Leningradi_Edasi_toimetus, lk 60
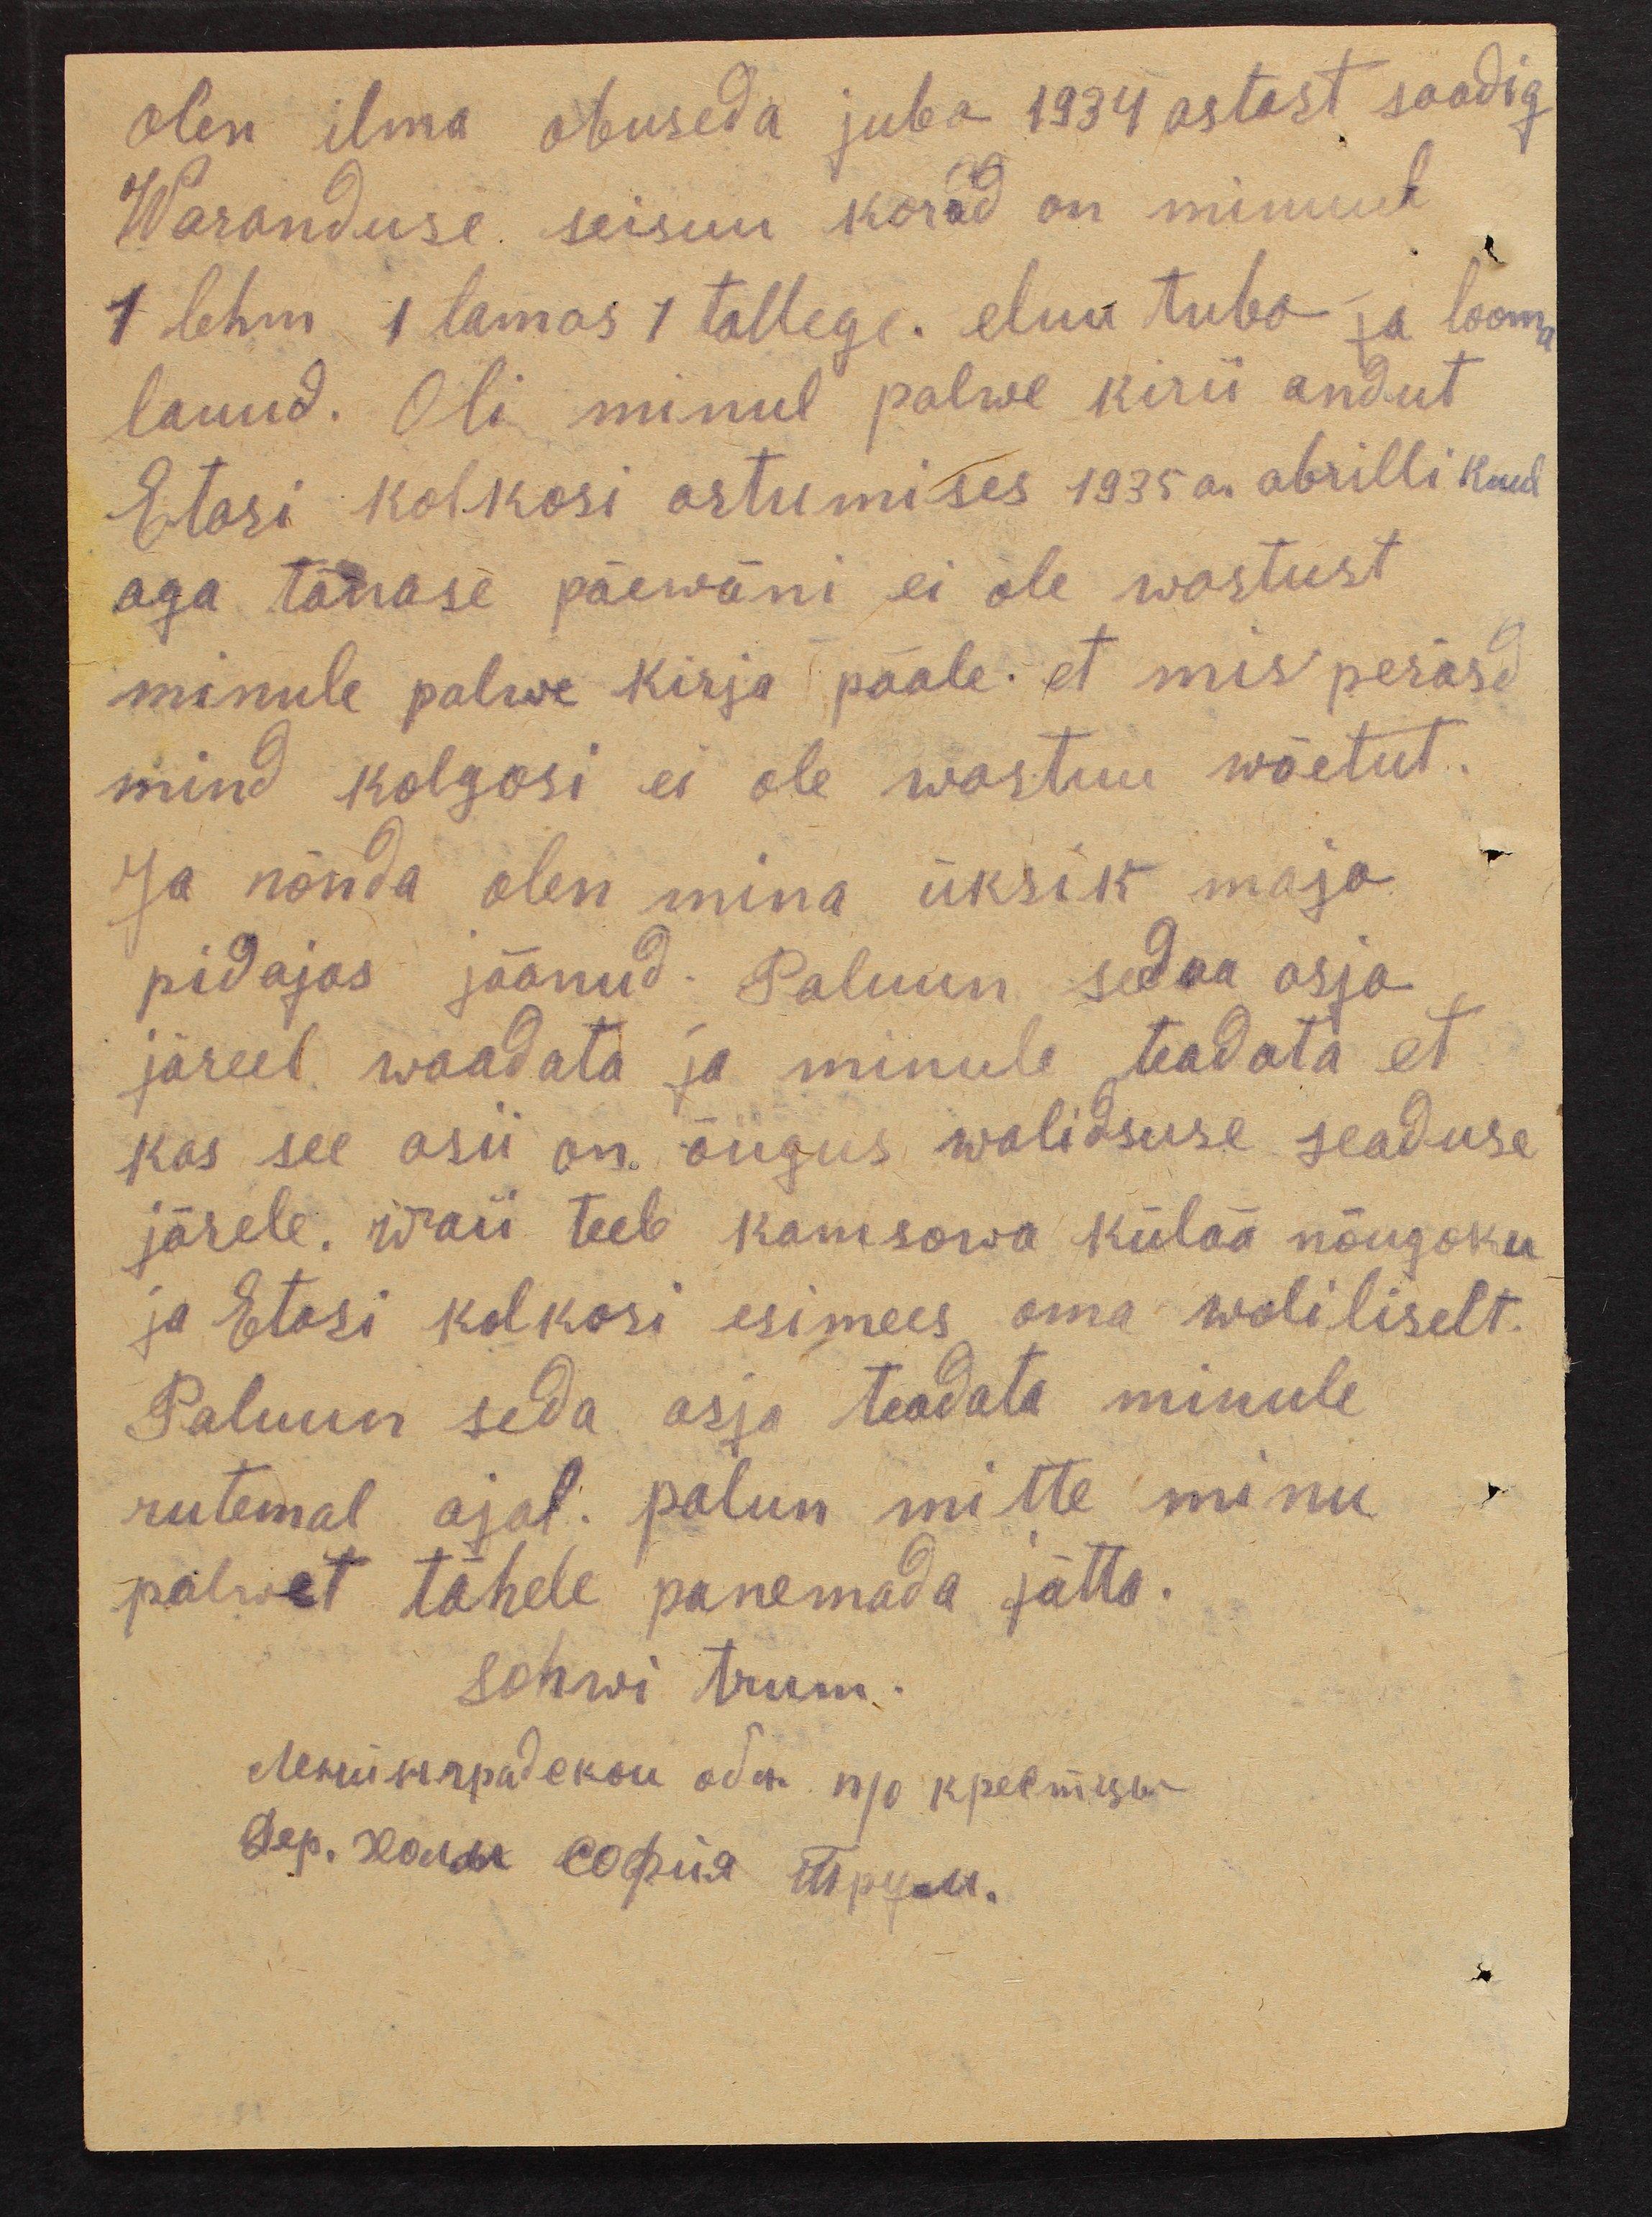
olen ilma obuseda juba 1934 astast saadig
Waranduse seisuu korad on minuul
1 lehm 1 lamas 1 tallega. eluu tuba ja looma
lauud. Oli minul palwe kiri andut
Etasi kolkosi astumises 1935 a. abrilli kuul
aga tänase päewani ei ole wastust.
minule palwe kirja pääle, et mis perasd
mind kolgosi ei ole wastuu wõetut.
Ja nõnda olen mina üksik maja
pidajas jäänud. Paluun seda asja
järeel waadata ja minule teadata et
kas see asii on õiigus walitsuse seaduse
järele. waii teeb kamsowa külaa nõugoku
ja Etasi kolkosi esimees oma woliliselt.
Palun seda asja teadata minule
rutemal ajal. palun mitte minu
palwet tähele panemada jätta.
Sohwi Trum.